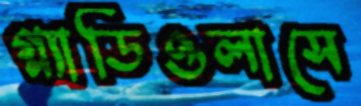
গ্ল্যাডিওলাসে